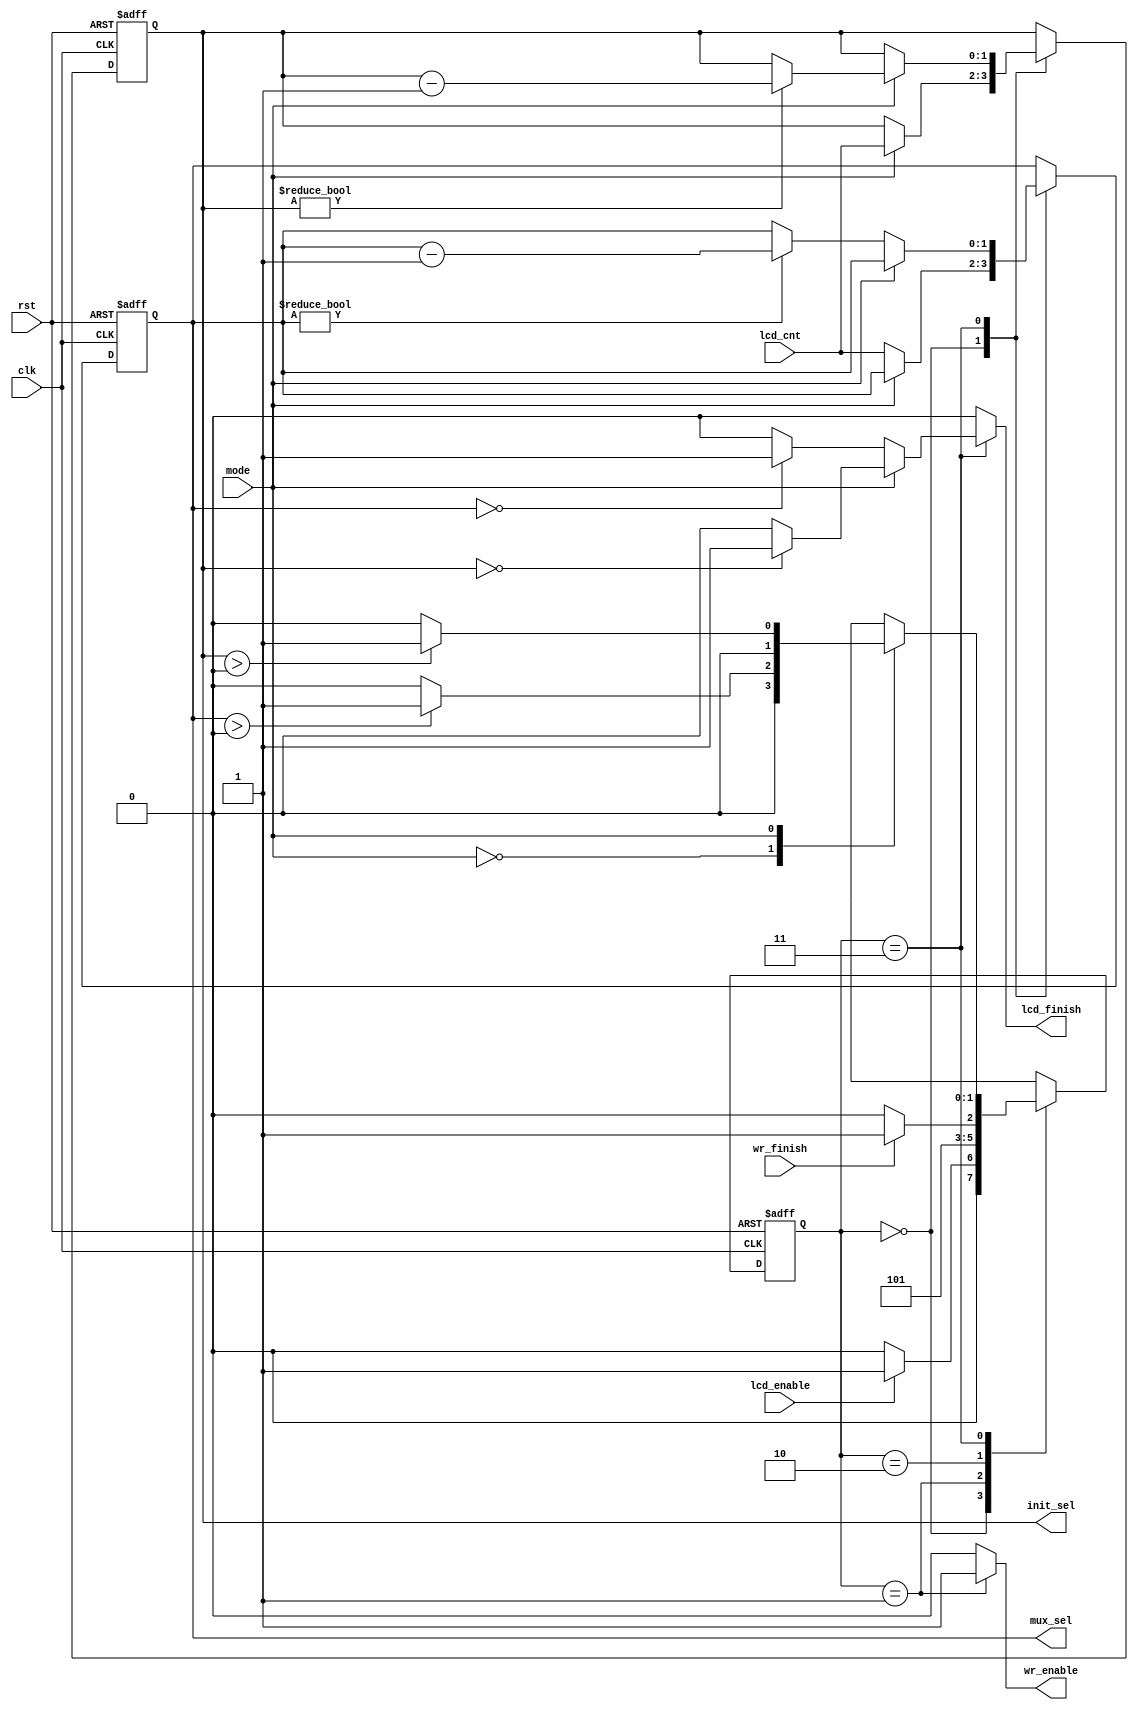
`timescale 1ns / 1ps
//////////////////////////////////////////////////////////////////////////////////
// Company: 
// Engineer: 
// 
// Design Name: 
// Module Name:    LCD_init_refresh 
// Project Name: 
// Target Devices: 
// Tool versions: 
// Description: 
//
// Dependencies: 
//
// Revision: 
// Revision 0.01 - File Created
// Additional Comments: 
//
//////////////////////////////////////////////////////////////////////////////////
module LCD_init_refresh(
			input clk, rst,
			input wr_finish, input lcd_enable, input [1:0] lcd_cnt, input mode, 
			output reg lcd_finish, output reg wr_enable, output reg [1:0] init_sel, output reg [1:0] mux_sel
    );
	 
reg [1:0] st, nst;
localparam
idle = 2'd0,
data = 2'd1,
data1 = 2'd2,
endlcd = 2'd3;	 


always @(posedge clk, posedge rst)
begin
	if(rst) begin
		st <= idle;
		init_sel <= 2'd0;
		mux_sel <= 2'd0;
	end
	else
		begin
			st <= nst;
			case(st)
				idle: 
					if(mode)
						init_sel <= lcd_cnt;
					else
						mux_sel <= lcd_cnt;
				endlcd:
					if(mode)
					begin
						if(init_sel != 2'd0)
							init_sel <= init_sel - 1;
					end
					else if (mux_sel != 2'd0)
						mux_sel <= mux_sel - 1;
			endcase
		end
end

always @*
begin
lcd_finish = 1'b0;
wr_enable = 0;
case(st)
	data:
		wr_enable = 1'b1;
	endlcd: begin
	if(mode == 1'b1)
	begin
		if( init_sel == 2'd0)
			lcd_finish = 1'b1; 
	end
	else if(mux_sel == 2'd0)
			lcd_finish = 1'b1;
	end
endcase
end

always @*
	case(st)
		idle:
			if(lcd_enable)
				begin
					nst <= data;
				end
			else
				nst <= idle;
		data:
			nst <= data1;
		data1:
			if(wr_finish) 
				nst <= endlcd;
			else
				nst <= data1;
		endlcd:
			case(mode)
			 1'b0:
			 begin
				if(mux_sel > 2'd0)
					nst <= data;
				else
					nst <= idle;
			 end
			 1'b1:
				if(init_sel > 2'd0)
					nst <= data;
				else
					nst <= idle;
			 endcase
	endcase


endmodule